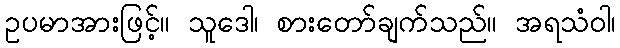
ဥပမာအားဖြင့်။ သူဒေါ၊ စားတော်ချက်သည်။ အရသံဝါ၊